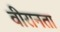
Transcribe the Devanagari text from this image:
वीरानता